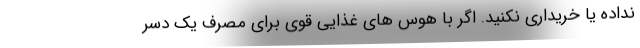
نداده یا خریداری نکنید. اگر با هوس های غذایی قوی برای مصرف یک دسر